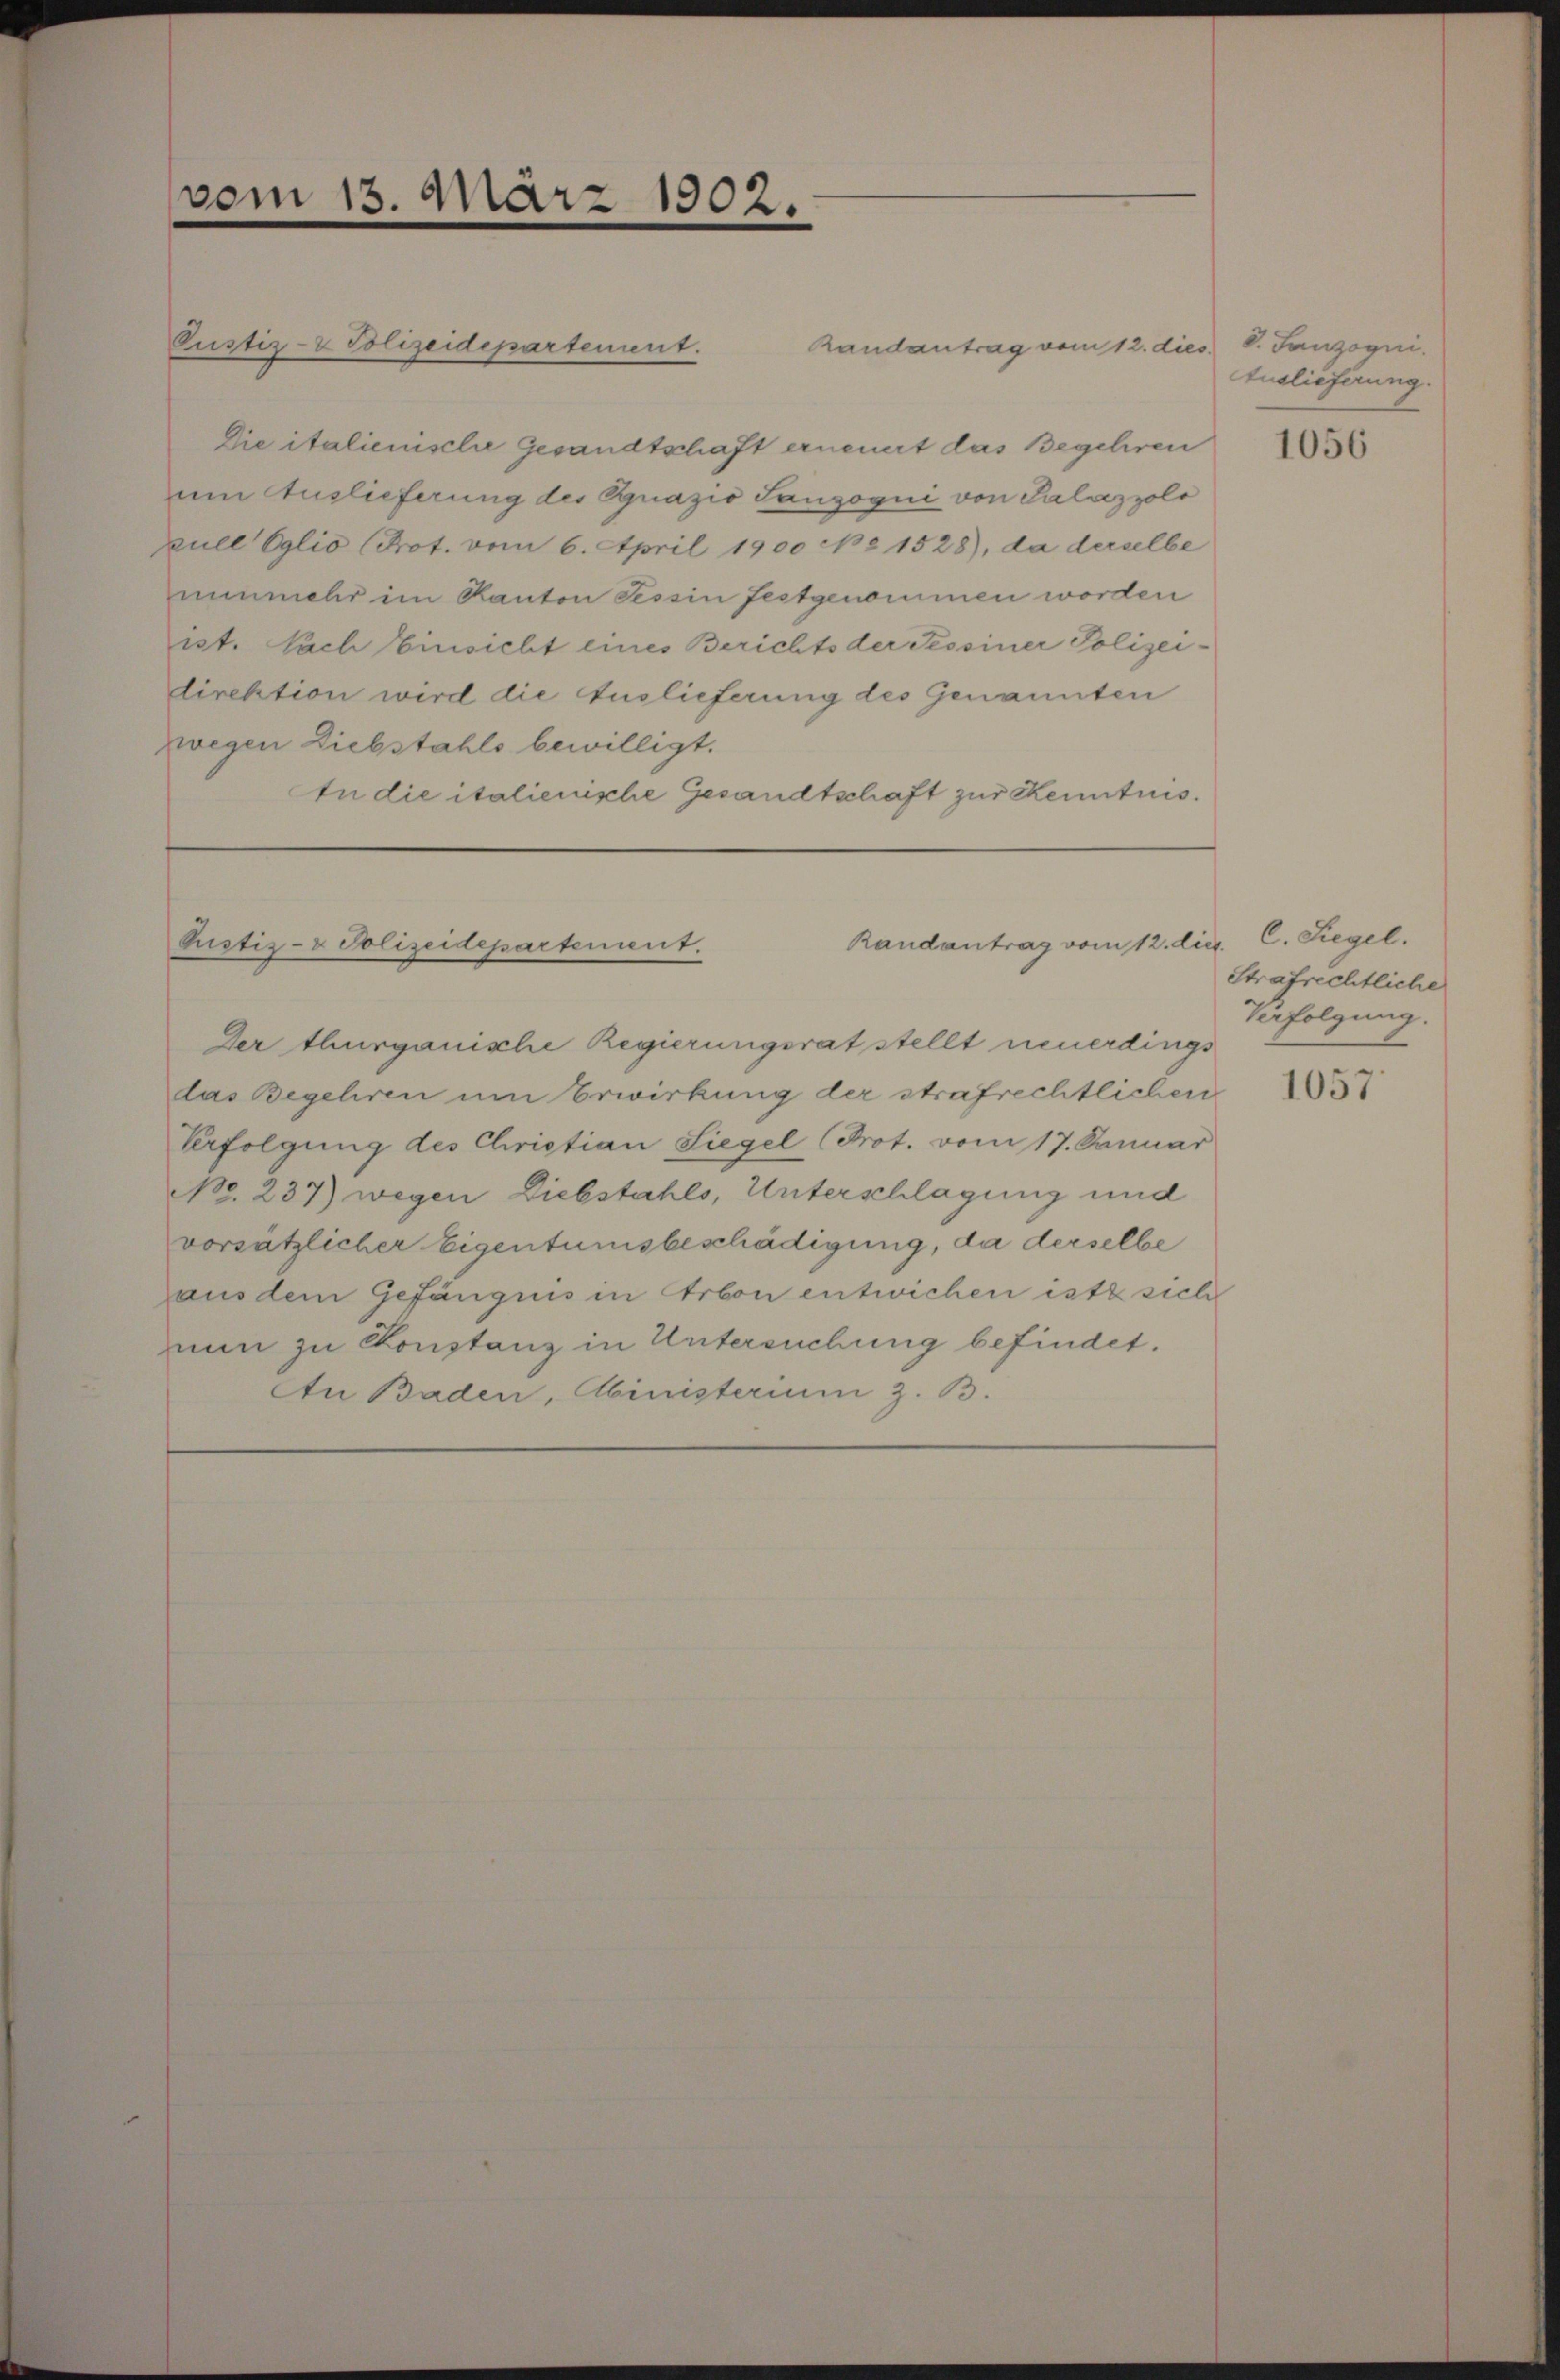
Pustiz- & Polizeidepartement.
Randantrag vom 12. dies
Die italienische Gesandtschaft erneuert das Begehren
um Auslieferung des Suazio Sanzogui von Salazzolo
pull Eglio (Prot. vom 6. April 1900 No 1528), da derselbe
nunmehr im Kanton Tessin festgenommen worden
ist. Nach Einsicht eines Berichts der Sessiner Polizei-
direktion wird die Auslieferung des Genannten
zwegen Diebstahls bewilligt.
In die italienische Gesandtschaft zur Kenntnis.

vom 13. März

Rustiz- & Polizeidepartement.

1902.

Randantrag vom 12. die. C. Siegel.

Der thurgauische Regierungsrat stellt neuerdings
das Begehren um Erwirkung der strafrechtlichen
Verfolgung des Christian Siegel (Prot. vom 17. Januar
No. 237) wegen Diebstahls, Unterschlagung und
vorsätzlicher Eigentumsbeschädigung, da derselbe
aus dem Gefängnis in Arbon entwichen ist sich
nun zu Konstanz in Untersuchung befindet.
An Baden, Abinisterium z. B.

d. Lanzogni
Auslieferung.

1056

Strafrechtliche
Verfolgung.

1057